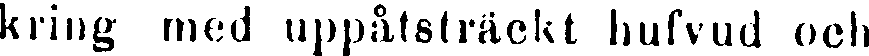
kring med uppåtsträckt hufvud och